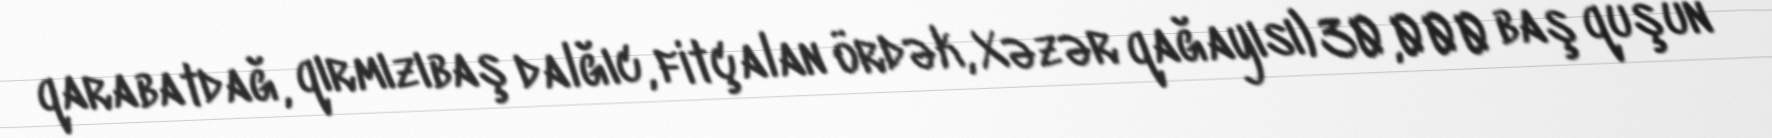
qarabatdağ, qırmızıbaş dalğıc, fitçalan ördək, Xəzər qağayısı) 30,000 baş quşun